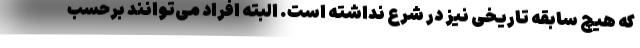
که هیچ سابقه تاریخی نیز در شرع نداشته است. البته افراد می‌توانند برحسب